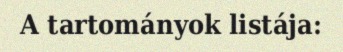
A tartományok listája: